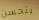
يتحسن